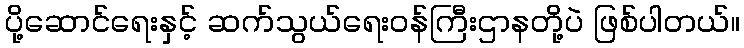
ပို့ဆောင်ရေးနှင့် ဆက်သွယ်ရေး၀န်ကြီးဌာနတို့ပဲ ဖြစ်ပါတယ်။